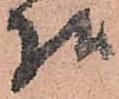
様